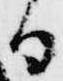
日